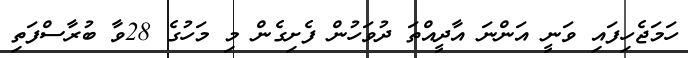
ހަމަޖެހިފައި ވަނީ އަންނަ އާދީއްތަ ދުވަހުން ފެށިގެން މި މަހުގެ 28ވާ ބުރާސްފަތި